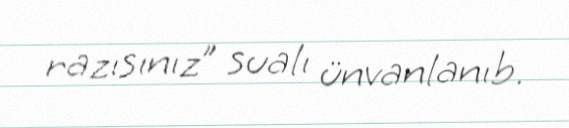
razısınız” sualı ünvanlanıb.